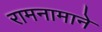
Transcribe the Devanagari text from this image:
रामनामाने